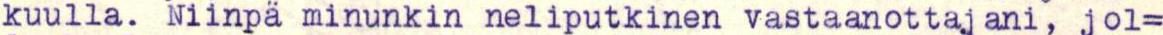
kuulla. Niinpä minunkin neliputkinen vastaanottajani, jol=